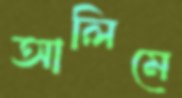
আলিমে